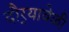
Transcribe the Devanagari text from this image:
दौर्‍यावेळी